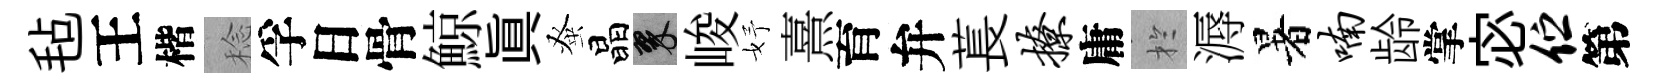
毡王楷稔孚日骨鯨眞𫊫晶翠峻妤熹育弁萇撩庸扵溽暑喃龄掌宓伫第